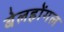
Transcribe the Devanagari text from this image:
बेलहोंगल